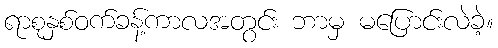
ရာစုနှစ်ဝက်ခန့်ကာလအတွင်း ဘာမှ မပြောင်းလဲခဲ့။